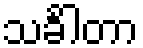
သင်္ခါတာ